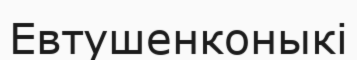
Евтушенконыкі